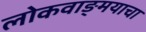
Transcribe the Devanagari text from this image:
लोकवाङ्मयाचा